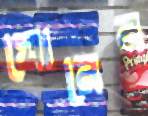
ঘোরের